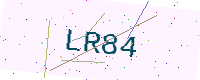
Text: LR84